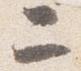
二